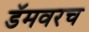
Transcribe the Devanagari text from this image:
डॅमवरच